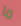
ما